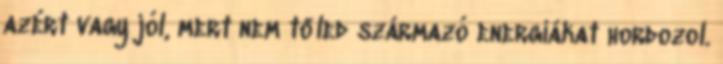
azért vagy jól, mert nem tőled származó energiákat hordozol.